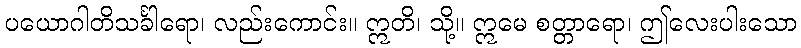
ပယောဂါတိသင်္ခါရော၊ လည်းကောင်း။ ဣတိ၊ သို့။ ဣမေ စတ္တာရော၊ ဤလေးပါးသော